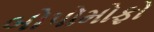
બોપોમોફો